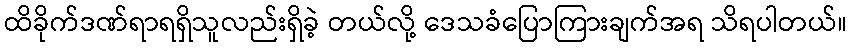
ထိခိုက်ဒဏ်ရာရရှိသူလည်းရှိခဲ့ တယ်လို့ ဒေသခံပြောကြားချက်အရ သိရပါတယ်။